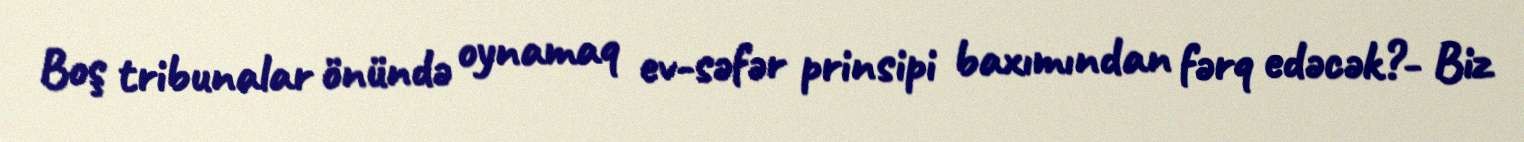
Boş tribunalar önündə oynamaq ev-səfər prinsipi baxımından fərq edəcək?- Biz